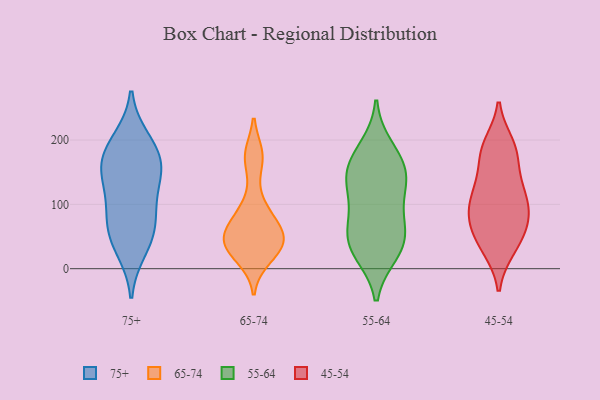
{"axis": {"x": "Gross Profit (USD K)", "y": "Value"}, "legend": ["45-54", "55-64", "65-74", "75+"], "data": [{"x": "", "y": 56, "type": "75+"}, {"x": "", "y": 189, "type": "75+"}, {"x": "", "y": 136, "type": "75+"}, {"x": "", "y": 165, "type": "75+"}, {"x": "", "y": 84, "type": "75+"}, {"x": "", "y": 155, "type": "75+"}, {"x": "", "y": 31, "type": "75+"}, {"x": "", "y": 101, "type": "75+"}, {"x": "", "y": 199, "type": "75+"}, {"x": "", "y": 158, "type": "75+"}, {"x": "", "y": 55, "type": "75+"}, {"x": "", "y": 172, "type": "65-74"}, {"x": "", "y": 52, "type": "65-74"}, {"x": "", "y": 176, "type": "65-74"}, {"x": "", "y": 100, "type": "65-74"}, {"x": "", "y": 64, "type": "65-74"}, {"x": "", "y": 32, "type": "65-74"}, {"x": "", "y": 79, "type": "65-74"}, {"x": "", "y": 34, "type": "65-74"}, {"x": "", "y": 42, "type": "65-74"}, {"x": "", "y": 47, "type": "65-74"}, {"x": "", "y": 17, "type": "65-74"}, {"x": "", "y": 128, "type": "55-64"}, {"x": "", "y": 33, "type": "55-64"}, {"x": "", "y": 71, "type": "55-64"}, {"x": "", "y": 134, "type": "55-64"}, {"x": "", "y": 36, "type": "55-64"}, {"x": "", "y": 159, "type": "55-64"}, {"x": "", "y": 51, "type": "55-64"}, {"x": "", "y": 138, "type": "55-64"}, {"x": "", "y": 85, "type": "55-64"}, {"x": "", "y": 25, "type": "55-64"}, {"x": "", "y": 167, "type": "55-64"}, {"x": "", "y": 187, "type": "55-64"}, {"x": "", "y": 129, "type": "45-54"}, {"x": "", "y": 177, "type": "45-54"}, {"x": "", "y": 181, "type": "45-54"}, {"x": "", "y": 117, "type": "45-54"}, {"x": "", "y": 186, "type": "45-54"}, {"x": "", "y": 32, "type": "45-54"}, {"x": "", "y": 131, "type": "45-54"}, {"x": "", "y": 81, "type": "45-54"}, {"x": "", "y": 36, "type": "45-54"}, {"x": "", "y": 70, "type": "45-54"}, {"x": "", "y": 40, "type": "45-54"}, {"x": "", "y": 98, "type": "45-54"}, {"x": "", "y": 70, "type": "45-54"}, {"x": "", "y": 192, "type": "45-54"}, {"x": "", "y": 79, "type": "45-54"}, {"x": "", "y": 106, "type": "45-54"}]}